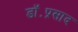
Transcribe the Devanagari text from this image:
डॉ॰प्रसाद